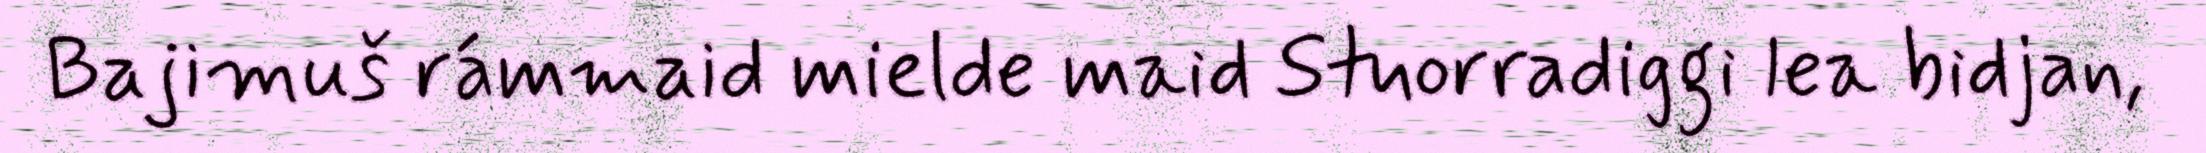
Bajimuš rámmaid mielde maid Stuorradiggi lea bidjan,